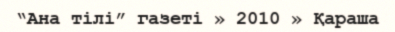
“Ана тілі” газеті » 2010 » Қараша